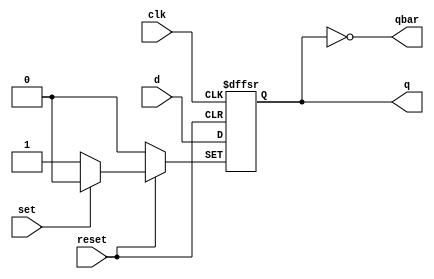
`timescale 1ns / 1ps
//////////////////////////////////////////////////////////////////////////////////
// 
// Design Name: D-Flipflop
// Module Name: dff
//////////////////////////////////////////////////////////////////////////////////


module dff(q,qbar,d,set,reset,clk);
input d,set,reset,clk;
output reg q; output qbar;

assign qbar=~q;
always@(posedge clk or negedge set or negedge reset)
    begin
        if(reset==0)
            q<=0;
        else if (set==0)
            q<=1;
        else
            q<=d;
    end

endmodule